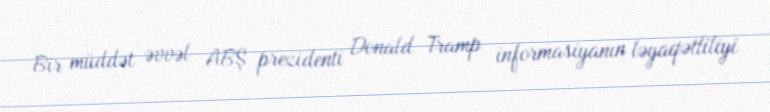
Bir müddət əvvəl ABŞ prezidenti Donald Tramp informasiyanın ləyaqətliliyi